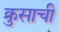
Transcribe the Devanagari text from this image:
क्रुसाची